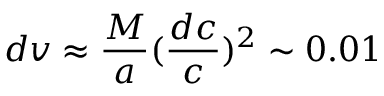
d v \approx \frac { M } { a } ( \frac { d c } { c } ) ^ { 2 } \sim 0 . 0 1